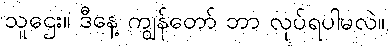
သူဌေး။ ဒီနေ့ ကျွန်တော် ဘာ လုပ်ရပါမလဲ။